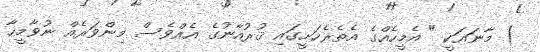
) މާނައަކީ " އެމީހެއްގެ އެތެރެހަށީގައި ޤުރުއާނުގެ އެއްވެސް މިންވަރެއް ނުވާމީހާ